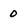
Character: 0